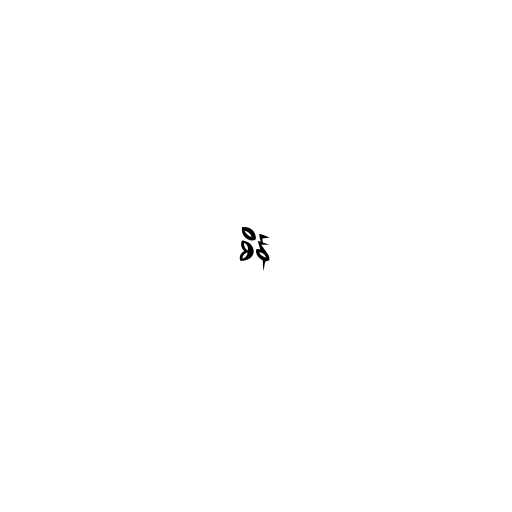
စိန်